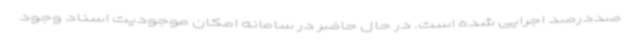
صددرصد اجرایی شده است. در حال حاضر در سامانه امکان موجودیت اسناد وجود